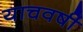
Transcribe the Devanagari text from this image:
याचवर्षी